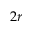
2 r